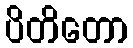
ပိတိတော